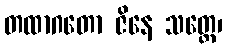
တထာဂတော ဇိနေ သတ္တေ၊